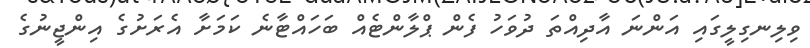
ވިލިނގިލީގައި އަންނަ އާދިއްތަ ދުވަހު ފެން ޕްލާންޓެއް ބަހައްޓާނެ ކަމަށާ އެރަށުގެ އިންޖީނުގެ